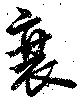
衰